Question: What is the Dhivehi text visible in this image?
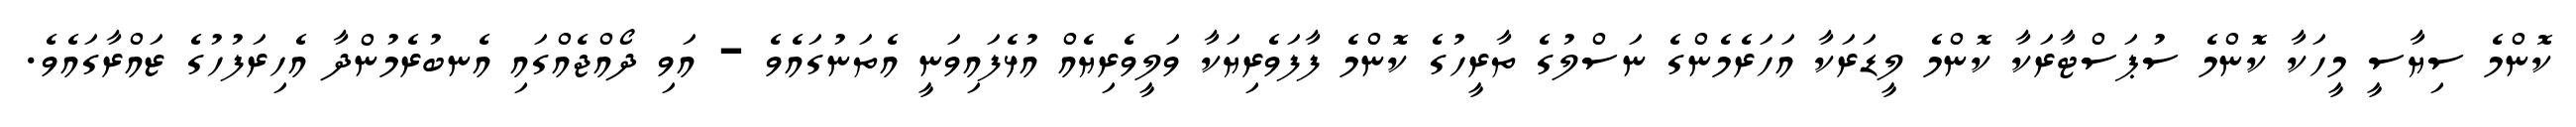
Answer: ކޮންމެ ސިޔާސީ މީހަކާ ކޮންމެ ސުޕަސްޓާރަކާ ކޮންމެ ލީޑަރަކާ އަހަރެމެންގެ ނަސްލުގެ ތާރީހުގެ ކޮންމެ ފާފަވެރިޔަކާ ވަލީވެރިޔެއް އުޅެފައިވަނީ އެތަނުގައެވެ - އަވި ދޯއްޖެއްގައި އެނބުރެމުންދާ އެހިރަފުހުގެ ޒައްރާގައެވެ.